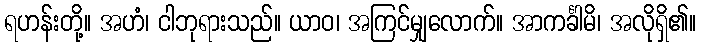
ရဟန်းတို့။ အဟံ၊ ငါဘုရားသည်။ ယာဝ၊ အကြင်မျှလောက်။ အာကင်္ခါမိ၊ အလိုရှိ၏။